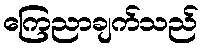
ကြေညာချက်သည်